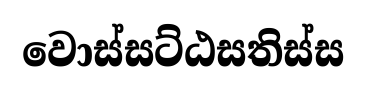
වොස්සට්ඨසතිස්ස